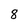
Character: 8